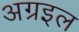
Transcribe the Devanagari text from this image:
अग्रइल